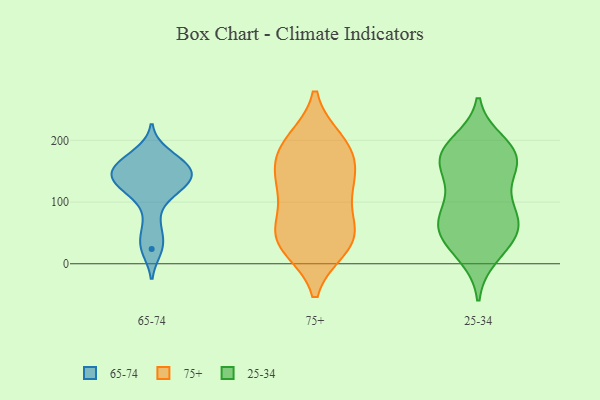
{"axis": {"x": "Headcount", "y": "Value"}, "legend": ["25-34", "65-74", "75+"], "data": [{"x": "", "y": 124, "type": "65-74"}, {"x": "", "y": 141, "type": "65-74"}, {"x": "", "y": 63, "type": "65-74"}, {"x": "", "y": 162, "type": "65-74"}, {"x": "", "y": 32, "type": "65-74"}, {"x": "", "y": 160, "type": "65-74"}, {"x": "", "y": 108, "type": "65-74"}, {"x": "", "y": 24, "type": "65-74"}, {"x": "", "y": 131, "type": "65-74"}, {"x": "", "y": 130, "type": "65-74"}, {"x": "", "y": 178, "type": "65-74"}, {"x": "", "y": 146, "type": "65-74"}, {"x": "", "y": 146, "type": "65-74"}, {"x": "", "y": 162, "type": "65-74"}, {"x": "", "y": 36, "type": "75+"}, {"x": "", "y": 133, "type": "75+"}, {"x": "", "y": 187, "type": "75+"}, {"x": "", "y": 198, "type": "75+"}, {"x": "", "y": 124, "type": "75+"}, {"x": "", "y": 121, "type": "75+"}, {"x": "", "y": 67, "type": "75+"}, {"x": "", "y": 46, "type": "75+"}, {"x": "", "y": 55, "type": "75+"}, {"x": "", "y": 27, "type": "75+"}, {"x": "", "y": 183, "type": "75+"}, {"x": "", "y": 188, "type": "75+"}, {"x": "", "y": 142, "type": "75+"}, {"x": "", "y": 30, "type": "75+"}, {"x": "", "y": 64, "type": "25-34"}, {"x": "", "y": 13, "type": "25-34"}, {"x": "", "y": 58, "type": "25-34"}, {"x": "", "y": 162, "type": "25-34"}, {"x": "", "y": 77, "type": "25-34"}, {"x": "", "y": 50, "type": "25-34"}, {"x": "", "y": 181, "type": "25-34"}, {"x": "", "y": 186, "type": "25-34"}, {"x": "", "y": 78, "type": "25-34"}, {"x": "", "y": 109, "type": "25-34"}, {"x": "", "y": 175, "type": "25-34"}, {"x": "", "y": 115, "type": "25-34"}, {"x": "", "y": 155, "type": "25-34"}, {"x": "", "y": 22, "type": "25-34"}, {"x": "", "y": 176, "type": "25-34"}, {"x": "", "y": 63, "type": "25-34"}, {"x": "", "y": 196, "type": "25-34"}, {"x": "", "y": 42, "type": "25-34"}, {"x": "", "y": 157, "type": "25-34"}]}